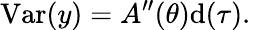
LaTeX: \operatorname{Var}(y)=A^{\prime\prime}(\theta)\mathrm{d}(\tau).\,